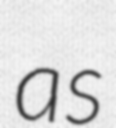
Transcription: as